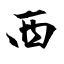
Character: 西